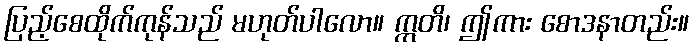
ပြည့်စေထိုက်ကုန်သည် မဟုတ်ပါလော။ ဣတိ၊ ဤကား စောဒနာတည်း။